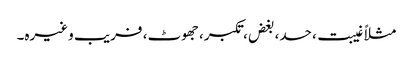
مثلاً غیبت، حسد، بغض، تکبر، جھوٹ، فریب وغیرہ۔